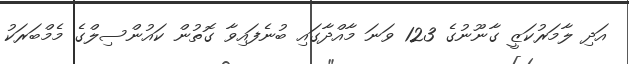
އަދި ލާމަރުކަޒީ ގާނޫނުގެ 123 ވަނަ މާއްދާގައި ބުނެފައިވާ ގޮތުން ކައުންސިލްގެ މެމްބަރަކު